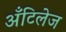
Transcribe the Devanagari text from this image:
अँटिलेज